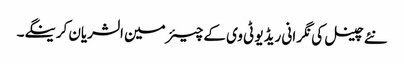
نئے چینل کی نگر انی ریڈیو ٹی وی کے چیئرمین الشریان کرینگے۔